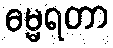
ဓမ္မရတာ